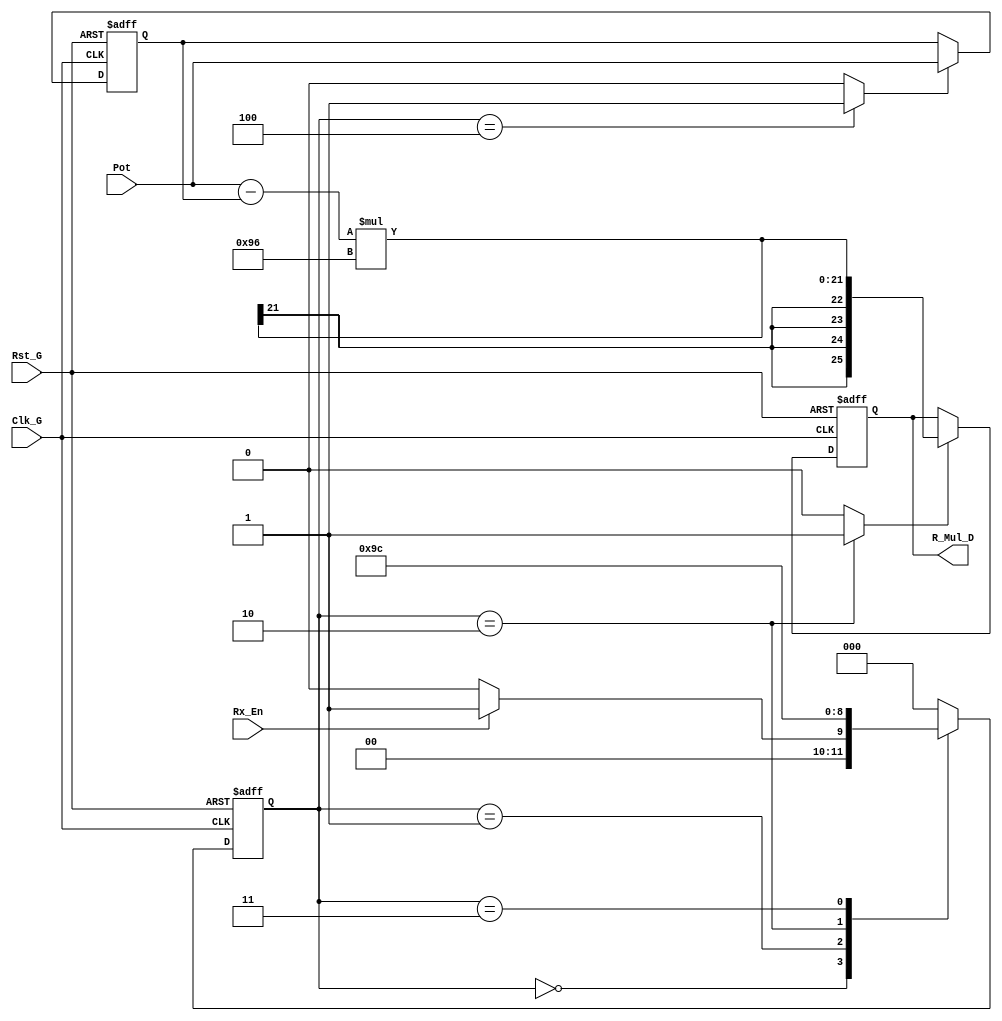
`timescale 1ns / 1ps
//////////////////////////////////////////////////////////////////////////////////
// Company: 
// Engineer: 
// 
// Design Name: 
// Module Name:    Prueba_D 
// Project Name: 
// Target Devices: 
// Tool versions: 
// Description: 
//
// Dependencies: 
//
// Revision: 
// Revision 0.01 - File Created
// Additional Comments: 
//
//////////////////////////////////////////////////////////////////////////////////
module Prueba_D#(parameter cant_bits = 13)(
	input wire signed [cant_bits-1:0] Pot,
	input wire Clk_G,Rst_G,Rx_En,
	output reg signed [2*cant_bits-1:0] R_Mul_D
    );

reg [2:0] est_sig,est_act;
reg LD_G,Rx_En_Local;
reg signed[cant_bits-1:0] R_Mul_D_1;
wire signed[2*cant_bits-1:0] Sum_P;
wire signed[cant_bits-1:0] Mul_D;

//Modulo D

assign Mul_D = Pot - R_Mul_D_1;
assign Sum_P = Mul_D*13'sb0000010010110;//Kd

//Registro Y(k-1)

always@(posedge Clk_G, posedge Rst_G)
	begin
		if(Rst_G)
			begin
				R_Mul_D_1 <= 0;
			end
		else if(Rx_En_Local)
			begin		
				R_Mul_D_1 <= Pot;
			end
	end

//Registro D

always@(posedge Clk_G, posedge Rst_G)
	begin
		if(Rst_G)
			begin		
				R_Mul_D <= 0;
			end
		else if(LD_G)
			begin
				R_Mul_D <= Sum_P;
			end		
	end

/////////////////////////////////////////////////////////////////////

//Control

always@(posedge Clk_G, posedge Rst_G)
	begin
		if(Rst_G)
			begin
				est_act <= 3'b000;
			end
		else
			est_act <= est_sig;
	end

always@*
	begin
		LD_G = 0;
		Rx_En_Local = 0;
		est_sig = est_act;
			case(est_act)
				3'b000:
					begin
						if(Rx_En)
							est_sig = 3'b001;
						else 
							begin
								LD_G = 0;
								Rx_En_Local = 0;
								est_sig = 3'b000;
							end
					end
					
				3'b001:
					begin
						est_sig = 3'b010;
					end	
					
				3'b010:
					begin
						LD_G = 1;
						est_sig = 3'b011;
					end
					
				3'b011:
					begin
						LD_G = 0;
						est_sig = 3'b100;
					end
				
				3'b100:
					begin
						Rx_En_Local = 1;
						est_sig = 3'b000;
					end
					
				default:
					begin
						Rx_En_Local = 0;
						LD_G = 0;
						est_sig = 3'b000;
					end
			endcase
	end


endmodule